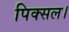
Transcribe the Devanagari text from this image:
पिक्सल।